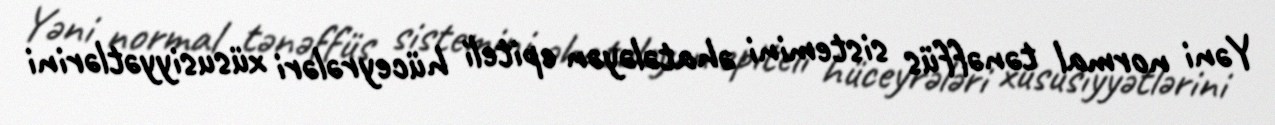
Yəni normal tənəffüs sistemini əhatələyən epiteli hüceyrələri xüsusiyyətlərini